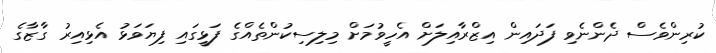
ކުރިންވެސް ދެންނެވި ފަދައިން އިޒްރާއިލަށް އެހީވުމަށް މިލިސިކުންތެއްގެ ފަޅީގައި ފިޔަވަޅު އެޅިއިރު ގާޒާގެ